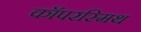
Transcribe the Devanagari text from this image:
कॉपरस्मिथ